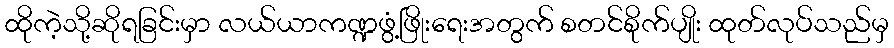
ထိုကဲ့သို့ဆိုရခြင်းမှာ လယ်ယာကဏ္ဍဖွံ့ဖြိုးရေးအတွက် စတင်စိုက်ပျိုး ထုတ်လုပ်သည်မှ